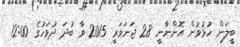
ބީލަން ހުޅުވުން އޮންނާނީ 28 ޖަނަވަރީ 2015 ވާ ބުދަ ދުވަހުގެ 12:00